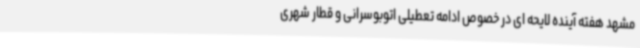
مشهد هفته آینده لایحه ای در خصوص ادامه تعطیلی اتوبوسرانی و قطار شهری